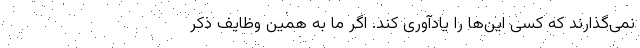
نمی‌گذارند که کسی این‌ها را یادآوری کند. اگر ما به همین وظایف ذکر